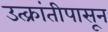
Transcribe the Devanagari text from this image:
उत्क्रांतीपासून